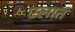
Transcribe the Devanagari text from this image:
एलात